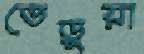
ভেড়ুয়া